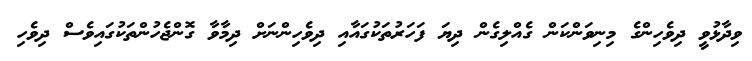
ވިދާޅުވީ ދިވެހިންގެ މިނިވަންކަން ގެއްލިގެން ދިޔަ ފަހަރުތަކުގައާއި ދިވެހިންނަށް ދިމާވާ ގޮންޖެހުންތަކުގައިވެސް ދިވެހި